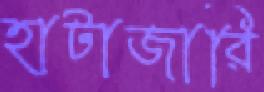
হাটাজারি